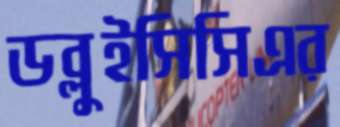
ডব্লুইসিসিএর